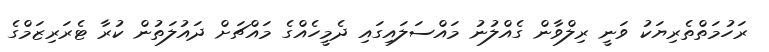
ރަހުމަތްތެރިޔަކު ވަނީ ރިލްވާން ގެއްލުނު މައްސަލައިގައި ދެމީހެއްގެ މައްޗަށް ދައުލަތުން ކުރާ ޓެރަރިޒަމްގެ